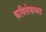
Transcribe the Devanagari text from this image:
कवितेबाबत